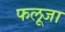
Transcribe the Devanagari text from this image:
फलूजा